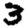
Digit: 3